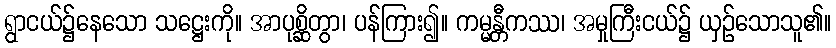
ရွာငယ်၌နေသော သဋ္ဌေးကို။ အာပုစ္ဆိတွာ၊ ပန်ကြား၍။ ကမ္မန္တီကဿ၊ အမှုကြီးငယ်၌ ယှဉ်သောသူ၏။